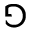
\Game